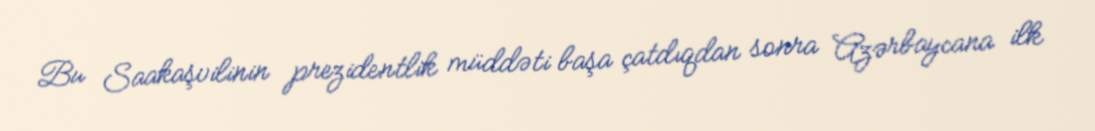
Bu Saakaşvilinin prezidentlik müddəti başa çatdıqdan sonra Azərbaycana ilk